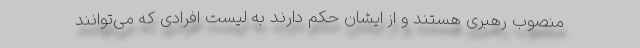
منصوب رهبری هستند و از ایشان حکم دارند به لیست افرادی که می‌توانند